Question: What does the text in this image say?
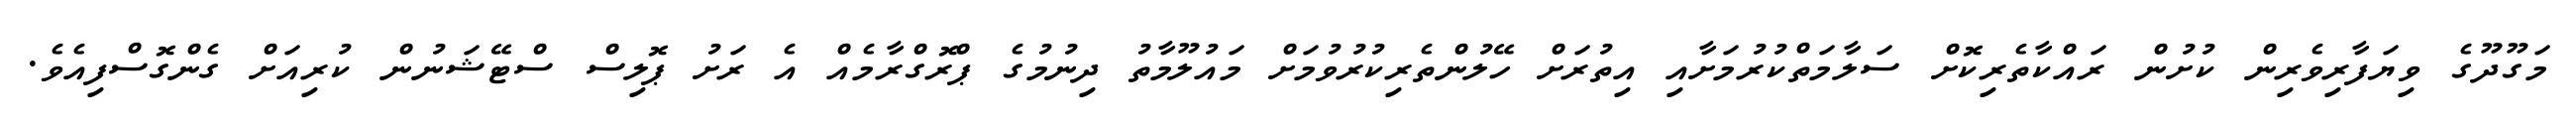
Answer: މަގޫދޫގެ ވިޔަފާރިވެރިން ކުށުން ރައްކާތެރިކޮށް ސަލާމަތްކުރުމަށާއި އިތުރަށް ހޭލުންތެރިކުރުވުމަށް މައުލޫމާތު ދިނުމުގެ ޕްރޮގްރާމެއް އެ ރަށު ޕޮލިސް ސްޓޭޝަނުން ކުރިއަށް ގެންގޮސްފިއެވެ.